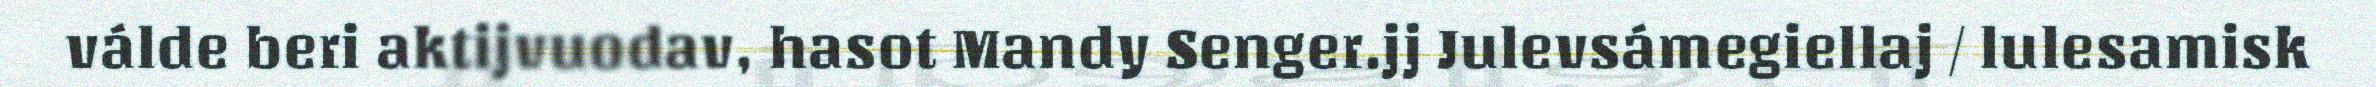
válde beri aktijvuodav, hasot Mandy Senger.jj Julevsámegiellaj / lulesamisk